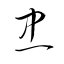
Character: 忠